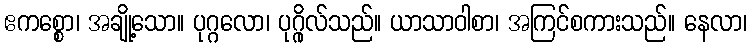
ဧကစ္စော၊ အချို့သော။ ပုဂ္ဂလော၊ ပုဂ္ဂိုလ်သည်။ ယာသာဝါစာ၊ အကြင်စကားသည်။ နေလာ၊